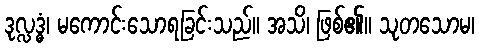
ဒုလ္လဒ္ဓံ၊ မကောင်းသောရခြင်းသည်။ အသိ၊ ဖြစ်၏။ သုတသောမ၊